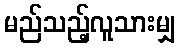
မည်သည့်လူသားမျှ